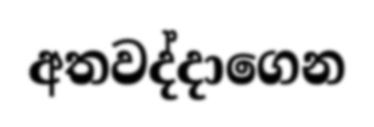
අතවද්දාගෙන